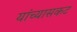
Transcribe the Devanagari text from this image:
यांच्यासकट